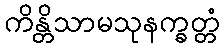
ကိန္တိသာမသုနက္ခတ္တံ